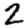
Digit: 2